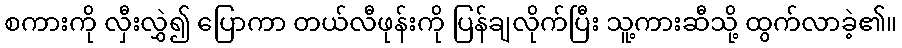
စကားကို လှီးလွှဲ၍ ပြောကာ တယ်လီဖုန်းကို ပြန်ချလိုက်ပြီး သူ့ကားဆီသို့ ထွက်လာခဲ့၏။